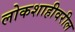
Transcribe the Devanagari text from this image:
लोकशाहीवरील